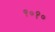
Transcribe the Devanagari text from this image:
९०१०